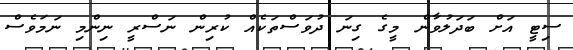
ސިޓީ އަށް ބަދަލުވާން މީގެ ގިނަ ދުވަސްތަކެއް ކުރިން ނަސްރީ ނިންމި ނަމަވެސް